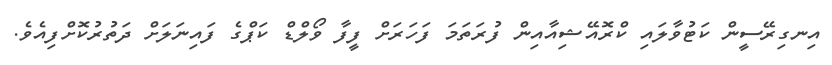
އިނގިރޭސީން ކަޓުވާލައި ކްރޮއޭޝިއާއިން ފުރަތަމަ ފަހަރަށް ފީފާ ވޯލްޑް ކަޕްގެ ފައިނަލަށް ދަތުރުކޮށްފިއެވެ.